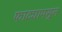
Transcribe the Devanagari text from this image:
फाट्यापसून